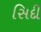
સિદી